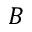
B